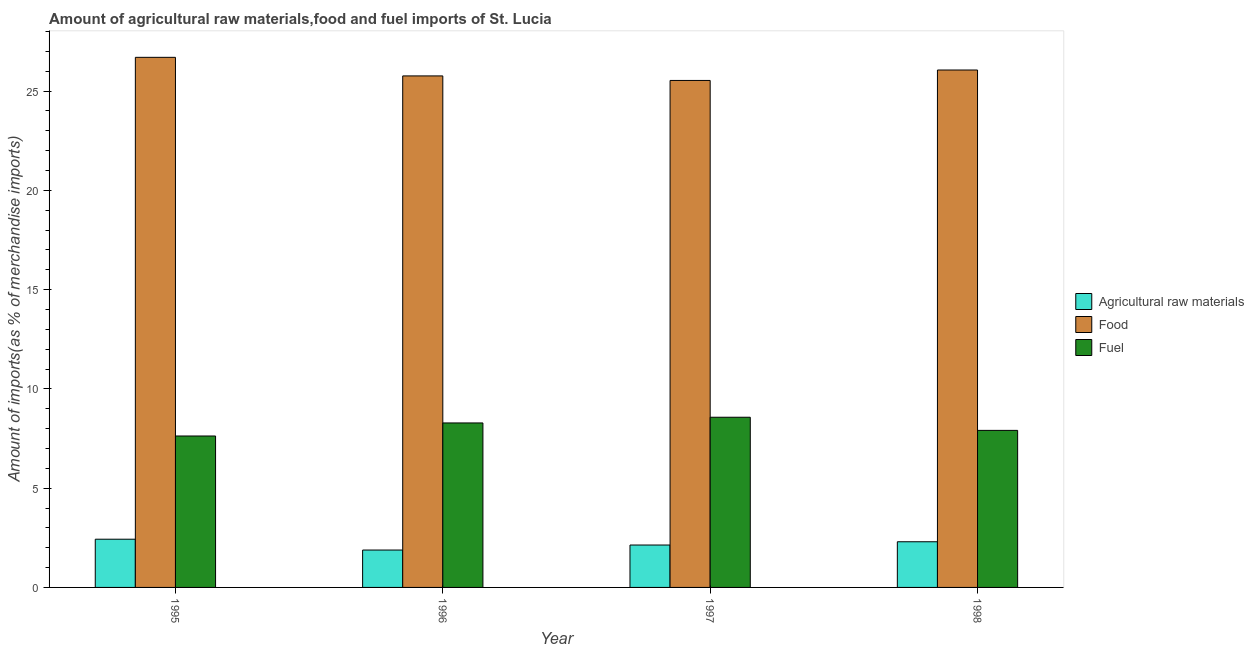
| Year | Agricultural raw materials | Food | Fuel |
 | --- | --- | --- | --- |
 | 1995 | 2.43 | 26.7 | 7.63 |
 | 1996 | 1.88 | 25.8 | 8.29 |
 | 1997 | 2.14 | 25.5 | 8.57 |
 | 1998 | 2.3 | 26.1 | 7.91 |